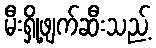
မီးရှို့ဖျက်ဆီးသည့်